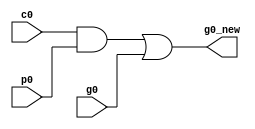
module indicate_carry(c0, p0, g0, g0_new);
	input c0, p0, g0;
        output g0_new;

	wire gate_and;
	and carry_and (gate_and, c0, p0);
	or carry_or (g0_new, gate_and, g0);
endmodule

module t_generator(x, y, g, p, h);
	input x, y;
        output g, p, h;

	and gate_and (g, x, y);
	or gate_or (p, x, y);
	xor gate_xor (h, x, y);
endmodule

module GP_module(g1, p1, g2, p2, g_prim, p_prim);
	input g1, p1, g2, p2;
        output g_prim, p_prim;

	wire gate_and;
	and gp_and1 (gate_and, p1, g2);
	or gp_or (g_prim, g1, gate_and);
	and gp_and2 (p_prim, p1, p2);
endmodule

module add_pos(h, c, s);
	input h, c;
	output s;

	xor xor_bit_output (s, h, c);
endmodule

module PPA_adder(sum_comp_1, sum_comp_2, c_in, result, c_out);
	input [5:0] sum_comp_1;
    input [5:0] sum_comp_2;
    input c_in;
    output [5:0] result;
    output c_out;

	wire g0, p0, h0;
	wire g1, p1, h1;
	wire g2, p2, h2;
	wire g3, p3, h3;
	wire g4, p4, h4;
	wire g5, p5, h5;

	wire g0_new;

	wire g_1_0, p_1_0;
	wire g_2_0, p_2_0;
	wire g_3_2, p_3_2;
	wire g_3_0, p_3_0;
	wire g_4_0, p_4_0;
	wire g_5_4, p_5_4;
	wire g_5_0, p_5_0;

	t_generator gen0 (sum_comp_1[0], sum_comp_2[0], g0, p0, h0);
	t_generator gen1 (sum_comp_1[1], sum_comp_2[1], g1, p1, h1);
	t_generator gen2 (sum_comp_1[2], sum_comp_2[2], g2, p2, h2);
	t_generator gen3 (sum_comp_1[3], sum_comp_2[3], g3, p3, h3);
	t_generator gen4 (sum_comp_1[4], sum_comp_2[4], g4, p4, h4);
	t_generator gen5 (sum_comp_1[5], sum_comp_2[5], g5, p5, h5);

	indicate_carry Carry_in (c_in, p0, g0, g0_new);

	GP_module mod_1_0 (g1, p1, g0_new, p0, g_1_0, p_1_0);
	GP_module mod_2_0 (g2, p2, g_1_0, p_1_0, g_2_0, p_2_0);
	GP_module mod_3_2 (g3, p3, g2, p2, g_3_2, p_3_2);
	GP_module mod_3_0 (g_3_2, p_3_2, g_1_0, p_1_0, g_3_0, p_3_0);
	GP_module mod_4_0 (g4, p4, g_3_0, p_3_0, g_4_0, p_4_0);
	GP_module mod_5_4 (g5, p5, g4, p4, g_5_4, p_5_4);
	GP_module mod_5_0 (g_5_4, p_5_4, g_3_0, p_3_0, g_5_0, p_5_0);

	add_pos S0 (h0, c_in, result[0]);
	add_pos S1 (h1, g0_new, result[1]);
	add_pos S2 (h2, g_1_0, result[2]);
	add_pos S3 (h3, g_2_0, result[3]);
	add_pos S4 (h4, g_3_0, result[4]);
	add_pos S5 (h5, g_4_0, result[5]);
	assign c_out = g_5_0;

endmodule